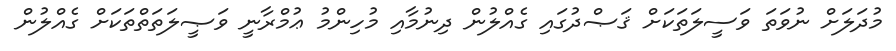
މުދަލަށް ނުވަތަ ވަސީލަތަކަށް ޤަޞްދުގައި ގެއްލުން ދިނުމާއި މުހިންމު ޢުމްރާނީ ވަޞީލަތަތްތަކަށް ގެއްލުން